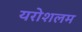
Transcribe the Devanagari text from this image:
यरोशलम